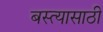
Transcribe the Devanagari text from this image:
बस्त्यासाठी